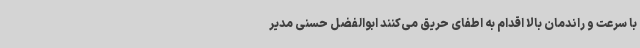
با سرعت و راندمان بالا اقدام به اطفای حریق می‌کنند ابوالفضل حسنی مدیر